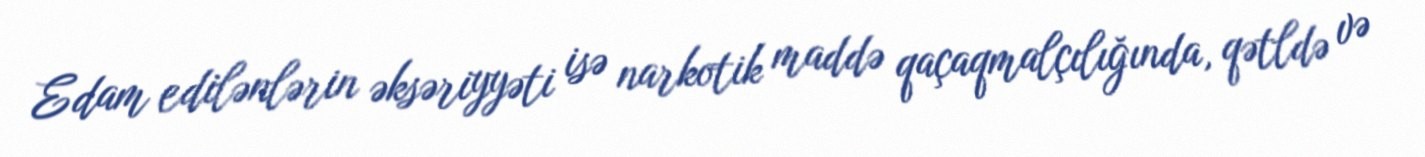
Edam edilənlərin əksəriyyəti isə narkotik maddə qaçaqmalçılığında, qətldə və